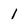
Character: 1